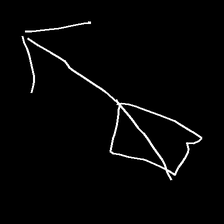
Glyph: focus